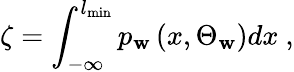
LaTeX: \zeta=\int_{-\infty}^{l_{\operatorname*{min}}}p_{\mathbf{w}}\left(x,\Theta_{\mathbf{w}}\right)dx\ ,